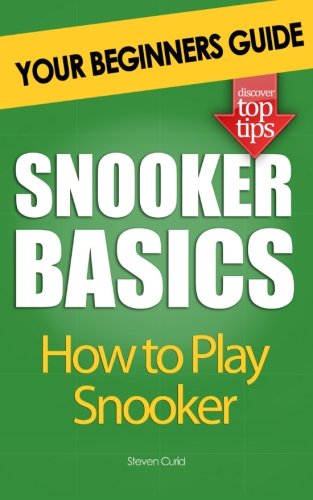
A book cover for Snooker Basics: How to Play Snooker; Steven Curid; Sports & Outdoors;